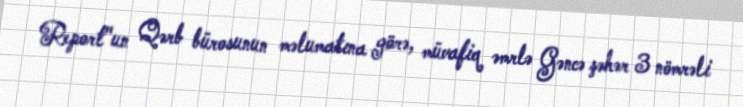
Report"un Qərb bürosunun məlumatına görə, müvafiq əmrlə Gəncə şəhər 3 nömrəli